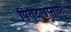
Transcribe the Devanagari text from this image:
पितृदोषासाठी